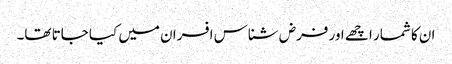
ان کا شمار اچھے اور فرض شناس افسران میں کیا جاتا تھا۔